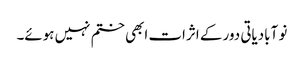
نو آبادیاتی دور کے اثرات ابھی ختم نہیں ہوئے۔